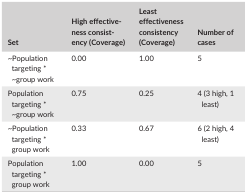
<table><thead><tr><td><b>Set</b></td><td><b>High effectiveness consistency (Coverage)</b></td><td><b>Least effectiveness consistency (Coverage)</b></td><td><b>Number of cases</b></td></tr></thead><tbody><tr><td>~Population targeting * ~group work</td><td>0.00</td><td>1.00</td><td>5</td></tr><tr><td>Population targeting * ~group work</td><td>0.75</td><td>0.25</td><td>4 (3 high, 1 least)</td></tr><tr><td>~Population targeting * group work</td><td>0.33</td><td>0.67</td><td>6 (2 high, 4 least)</td></tr><tr><td>Population targeting * group work</td><td>1.00</td><td>0.00</td><td>5</td></tr></tbody></table>